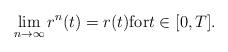
LaTeX: \begin{align*}\lim_{n\to\infty} r^n(t) = r(t) \mbox{for} t \in [0,T].\end{align*}